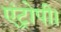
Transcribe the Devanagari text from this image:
एंट्रोपी।